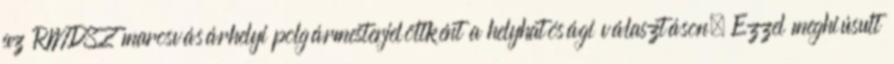
az RMDSZ marosvásárhelyi polgármesterjelöltként a helyhatósági választáson. Ezzel meghiúsult